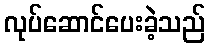
လုပ်ဆောင်ပေးခဲ့သည်